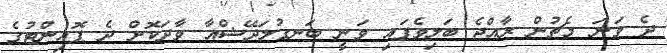
ދެ ވަނަ މެޗުން ރާއްޖެ ބަލިވެފައި ވަނީ ބަނގުލަދޭޝްއާ ވާދަކޮށް ދެ ޕޮއިންޓުގެ